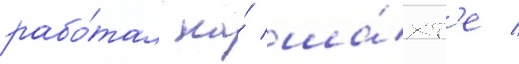
рабо́тал на́ ша́хт'е /